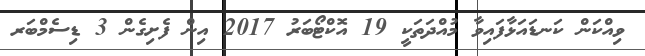
ވިއްކަން ކަނޑައަޅާފައިވާ މުއްދަތަކީ 19 އޮކްޓޯބަރު 2017 އިން ފެށިގެން 3 ޑިސެމްބަރ